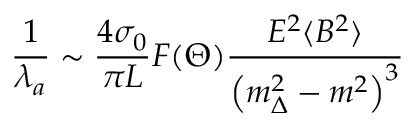
\frac { 1 } { \lambda _ { a } } \sim \frac { 4 \sigma _ { 0 } } { \pi L } F ( \Theta ) \frac { E ^ { 2 } \langle B ^ { 2 } \rangle } { \left( m _ { \Delta } ^ { 2 } - m ^ { 2 } \right) ^ { 3 } }